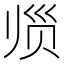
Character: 𲃀